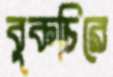
বুকচিরে